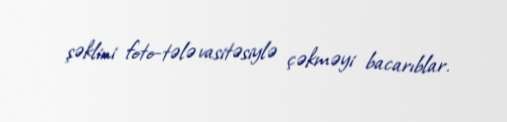
şəklini foto-tələ vasitəsiylə çəkməyi bacarıblar.